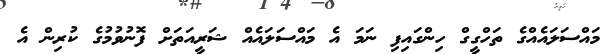
މައްސަލައެއްގެ ތަހްގީގް ހިންގައިފި ނަމަ އެ މައްސަލައެއް ޝަރީއަތަށް ފޮނުވުމުގެ ކުރިން އެ